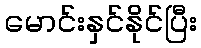
မောင်းနှင်နိုင်ပြီး